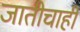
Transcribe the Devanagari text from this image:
जातीचाही